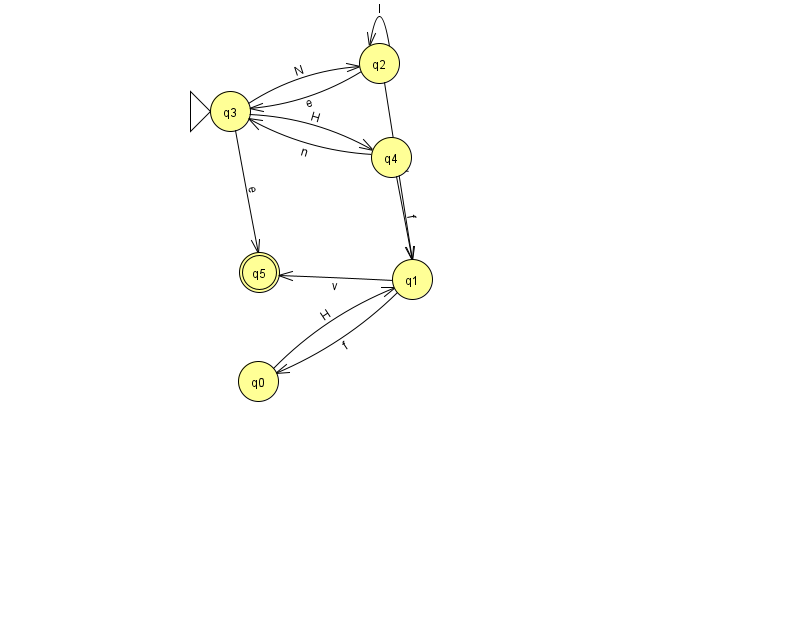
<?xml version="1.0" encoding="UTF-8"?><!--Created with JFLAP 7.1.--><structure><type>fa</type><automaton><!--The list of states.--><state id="0" name="q0"><x>258.0</x><y>368.0</y></state><state id="1" name="q1"><x>412.0</x><y>266.0</y></state><state id="2" name="q2"><x>379.0</x><y>50.0</y></state><state id="3" name="q3"><x>230.0</x><y>98.0</y><initial/></state><state id="4" name="q4"><x>391.0</x><y>144.0</y></state><state id="5" name="q5"><x>259.0</x><y>259.0</y><final/></state><!--The list of transitions.--><transition><from>2</from><to>3</to><read>e</read></transition><transition><from>2</from><to>1</to><read>v</read></transition><transition><from>1</from><to>0</to><read>f</read></transition><transition><from>4</from><to>1</to><read>f</read></transition><transition><from>2</from><to>2</to><read>I</read></transition><transition><from>3</from><to>4</to><read>H</read></transition><transition><from>3</from><to>2</to><read>N</read></transition><transition><from>3</from><to>5</to><read>e</read></transition><transition><from>4</from><to>3</to><read>n</read></transition><transition><from>0</from><to>1</to><read>H</read></transition><transition><from>1</from><to>5</to><read>v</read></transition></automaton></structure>